Annual statistical returns and brief notes on vaccination in Bengal - 1896-1909
Year: 1896
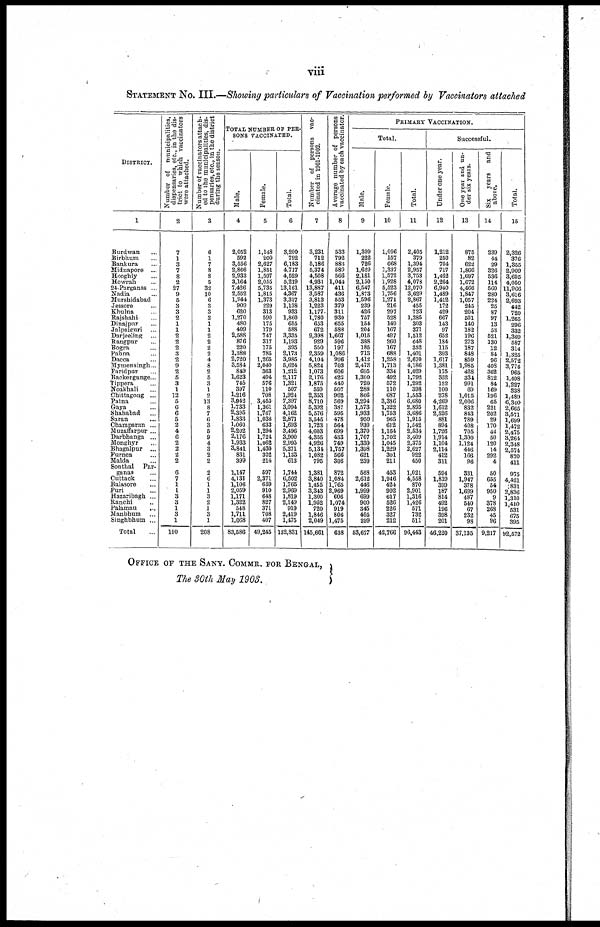
viii
STATEMENT NO. III.—Showing particulars of Vaccination performed by Vaccinators attached
DISTRICT.
1
Burdwan...
Birbhum...
Bankura...
Midnapore...
Hooghly...
Howrah...
21-Parganas... ...
Nadia...
Murshidabad...
Jessore...
Khulna...
Rajshahi...
Dinajpur... ...
Jalpaiguri...
Darjeeling...
Rangpur...
Bogra...
Pabna...
Dacca...
Mymensingh...
Faridpur...
Backergunge...
Tippera...
Noakhali...
Chittagong ...
Patna...
Gaya...
Shahabad...
Suran...
Champaran ...
Muzaffarpur ...
Darbhanga ...
Monghyr...
Bhagalpur...
Purnea...
Malda...
Sonthal Par-
ganas...
Cuttack...
Balasore...
Puri...
Hazaribagh ...
Ranchi...
Patamau...
Manbhum...
Singhbhum ...
Total
Number of municipalities,
dispensaries, etc., in the dis-
trict to which vaccinators
were attached.
2
7
1
3
7
8
2
27
9
5
3
3
2
1
1
2
2
2
3
2
9
2
5
3
1
12
5
6
6
5
2
4
6
2
2
2
2
6
7
1
1
3
3
1
3
1
190
Number of vaccinators attach-
ed to the municipalities, dis-
pensaries, etc., in the district
during the season.
3
6
1
7
8
8
5
32
10
6
3
3
2
1
1
2
2
2
2
4
8
2
5
3
1
2
13
8
7
6
3
5
9
4
3
2
2
2
6
1
1
3
2
1
3
1
208
TOTAL NUMBER OF PER-
---- VACCINATED.
Male.
4
2,052
592
3,556
2,866
2,932
3,164
7,426
2,552
1,944
909
620
1,270
480
409
2,588
876
220
1,388
2,720
3,584
849
1,623
745
397
1,216
3,942
1,733
2,395
1,833
1,060
2,202
2,176
1,933
3,841
831
399
1,147
4,131
1,106
2,059
1,171
1,322
548
1,711
1,068
83,586
Female.
5
1,148
200
2,627
1,851
1,597
2,055
5,735
1,815
1,373
229
313
590
175
179
747
317
175
785
1,265
2,040
363
494
576
110
708
3,453
1,361
1,767
1,038
633
1,294
1,724
1,062
1,430
302
214
597
2,371
659
910
648
827
371
708
407
49,245
Total.
6
3,200
792
6,183
4,717
4,529
5,219
13,161
4,367
3,317
1,138
933
1,860
655
588
3,335
1,193
395
2,173
3,985
5,624
1,212
2,117
1,321
507
1,924
7,397
3,094
4,162
2,871
1,693
3,496
3,900
2,995
5,271
1,133
613
1,744
6,502
1,765
2,969
1,819
2,149
919
2,419
1,475
132,831
Number of persons vac-
cinated in 1901-1902.
7
3,231
712
5,186
5,374
4,508
4,931
13,887
3,587
3,813
1,223
1,177
1,780
653
672
9,398
929
550
2,359
4,104
5,824
1,073
2,176
1,875
559
2,353
8,710
5,392
5,576
3,545
1,723
4,603
4,355
4,926
5,134
1,082
795
1,381
3,840
1,455
3,343
1,300
1,952
720
1,846
2,049
145,661
Average number of persons
vaccinated by each vaccinator.
8
533
792
883
589
566
1,044
411
436
553
379
311
930
655
588
1,667
596
197
1,086
996
703
606
423
440
507
962
569
387
595
478
564
699
433
749
1,757
566
306
872
1,084
1,765
2,969
606
1,074
919
806
1,475
638
PRIMARY VACCINATION.
Total.
Male.
9
1,309
222
726
1,620
2,181
2,150
6,547
1,873
1,596
239
426
757
154
204
1,015
388
185
713
1,412
2,473
695
1,300
720
288
866
3,294
1,573
1,933
950
930
1,370
1,707
1,330
1,398
621
239
568
2,612
416
1,999
699
900
345
405
299
53,677
Female.
10
1,096
157
668
1,337
1,572
1,928
5,523
1,756
1,271
216
297
528
149
167
497
260
167
688
1,258
1,713
334
492
572
110
687
3,386
1,322
1,753
965
612
1,164
1,702
1,045
1,229
301
211
453
1,946
424
902
617
526
226
327
212
42,766
Total.
11
2,405
379
1,394
2,957
3,753
4,078
12,070
3,629
2,867
455
723
1,285
303
371
1,512
648
352
1,401
2,670
4,186
1,029
1,792
1,292
398
1,553
6,680
2,895
3,686
1,915
1,542
2,534
3,409
2,375
2,627
922
450
1,021
4,558
870
2,901
1,316
1,426
571
732
511
96,443
Successful.
Under one year.
12
1,212
250
704
717
1,462
2,264
6,940
1,489
1,412
172
429
667
143
97
652
184
115
393
1,617
1,381
175
352
152
100
278
4,269
1,612
2,526
881
894
1,726
1,914
1,104
2,114
412
311
594
1,819
399
187
814
492
196
398
201
46,220
One year and un-
der six years.
13
875
82
622
1,866
1,697
1,672
4,466
1,847
1,057
245
204
501
140
182
196
273
187
848
859
1,985
428
334
991
69
1,015
2,006
832
843
789
408
705
1,300
1,124
446
166
96
331
1,947
378
1,699
487
540
67
232
98
37,135
Six
years
and
above.
14
239
44
29
326
536
114
560
280
224
25
87
97
13
53
521
130
12
84
96
408
362
812
84
169
196
65
221
202
29
170
44
50
120
14
292
4
50
655
54
950
9
378
268
45
96
9,217
Total.
15
2,326
376
1,355
2,909
3,695
4,050
11,966
3,616
2,693
442
720
1,265
296
332
1,369
587
314
1,325
2,572
3,774
965
1,498
1,227
338
1,489
6,340
2,665
3,571
1,699
1,472
2,475
3,264
2,348
2,574
870
411
975
4,421
83l
2,836
1,310
1,410
531
675
395
92,572
OFFICE OF THE SANY. COMMR. FOR BENGAL,
The 30th May 1903.